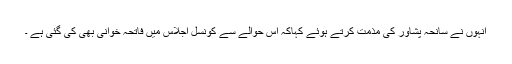
انہوں نے سانحہ پشاور کی مذمت کرتے ہوئے کہاکہ اس حوالے سے کونسل اجلاس میں فاتحہ خوانی بھی کی گئی ہے ۔